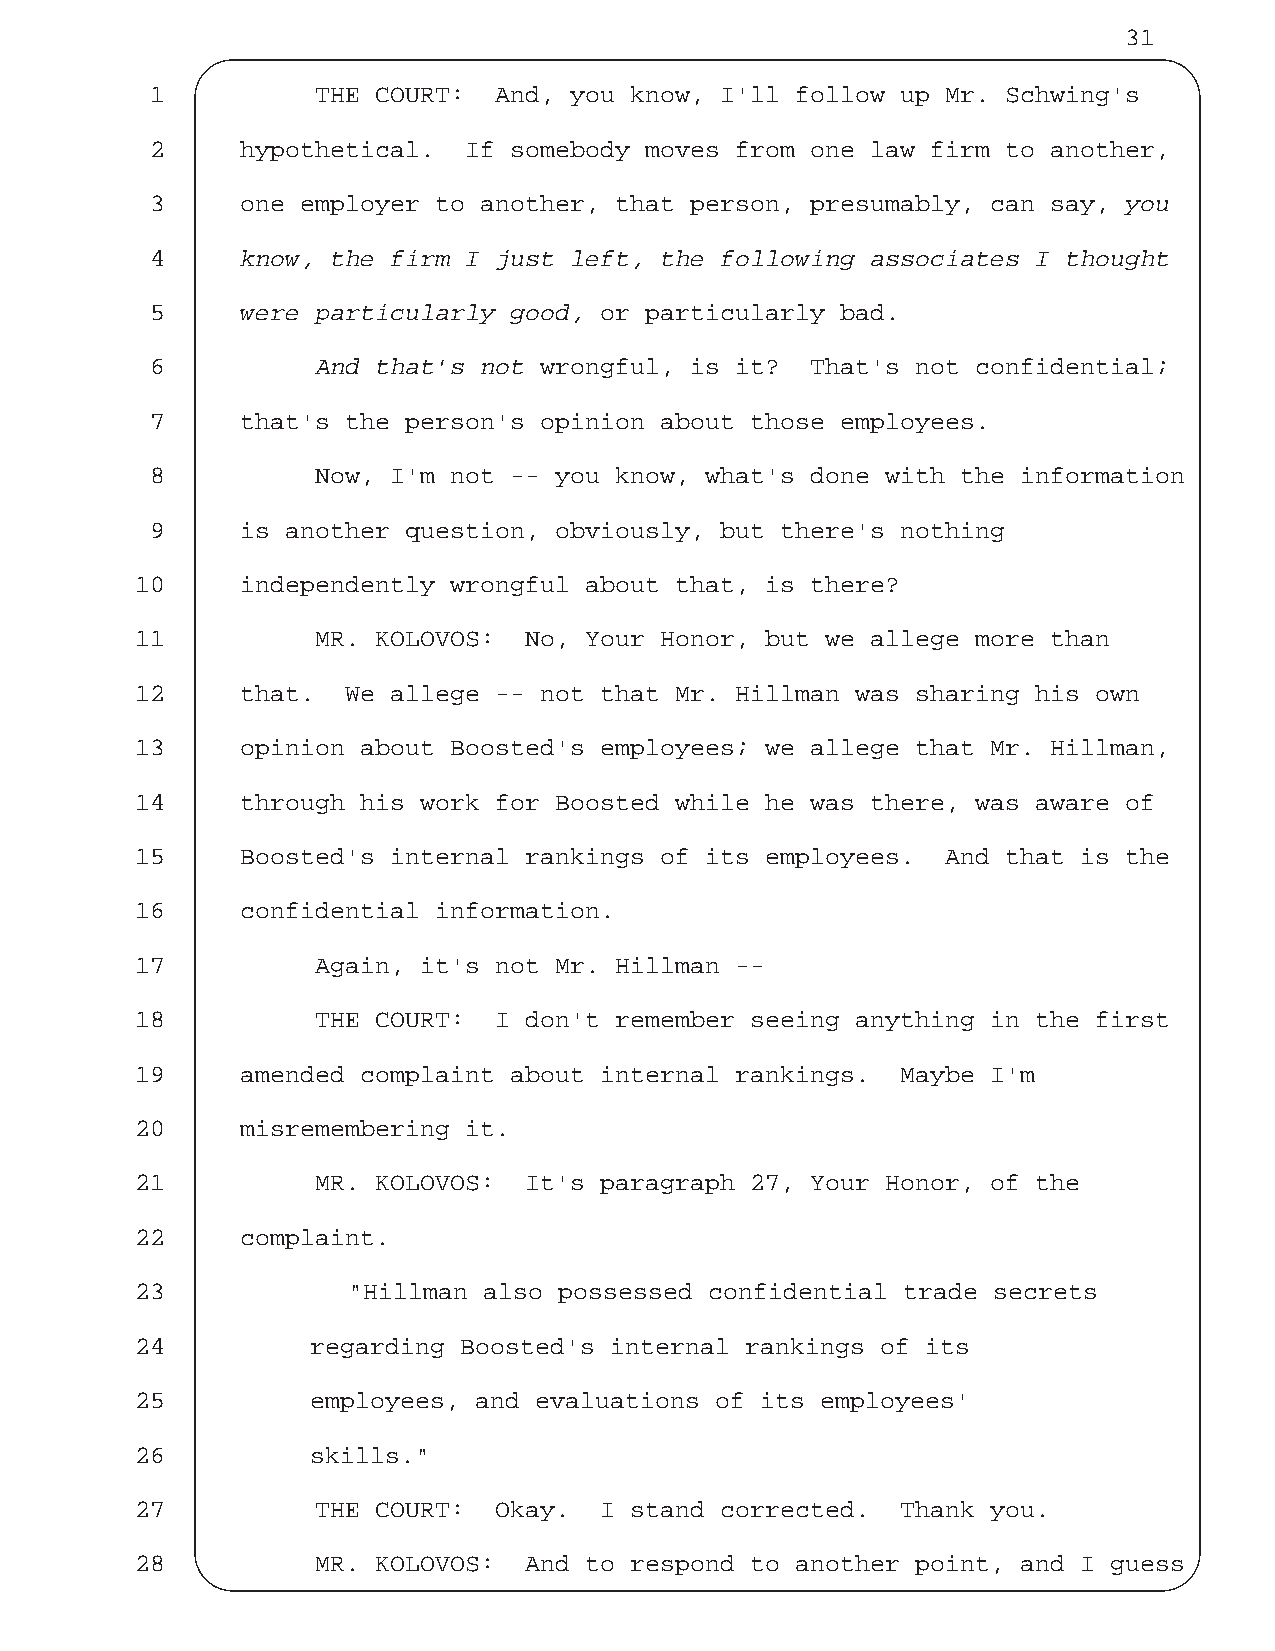
31
 1          THE COURT:  And, you know, I'll follow up Mr. Schwing's
 2     hypothetical.  If somebody moves from one law firm to another,
 3     one employer to another, that person, presumably, can say, you
 4     know, the firm I just left, the following associates I thought
 5     were particularly good, or particularly bad.
 6          And that's not wrongful, is it?  That's not confidential;
 7     that's the person's opinion about those employees.
 8          Now, I'm not -- you know, what's done with the information
 9     is another question, obviously, but there's nothing
 10     independently wrongful about that, is there?
 11          MR. KOLOVOS:  No, Your Honor, but we allege more than
 12     that.  We allege -- not that Mr. Hillman was sharing his own
 13     opinion about Boosted's employees; we allege that Mr. Hillman,
 14     through his work for Boosted while he was there, was aware of
 15     Boosted's internal rankings of its employees.  And that is the
 16     confidential information.
 17          Again, it's not Mr. Hillman --
 18          THE COURT:  I don't remember seeing anything in the first
 19     amended complaint about internal rankings.  Maybe I'm
 20     misremembering it.
 21          MR. KOLOVOS:  It's paragraph 27, Your Honor, of the
 22     complaint.
 23            "Hillman also possessed confidential trade secrets
 24          regarding Boosted's internal rankings of its
 25          employees, and evaluations of its employees'
 26          skills."
 27          THE COURT:  Okay.  I stand corrected.  Thank you.
 28          MR. KOLOVOS:  And to respond to another point, and I guess